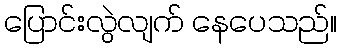
ပြောင်းလွဲလျက် နေပေသည်။